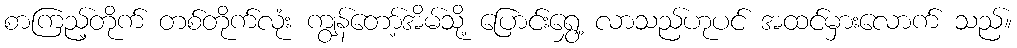
စာကြည့်တိုက် တစ်တိုက်လုံး ကျွန်တော့်အိမ်သို့ ပြောင်းရွှေ့ လာသည်ဟုပင် အထင်မှားလောက် သည်။